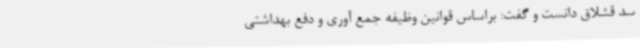
سد قشلاق دانست و گفت: براساس قوانین وظیفه جمع آوری و دفع بهداشتی